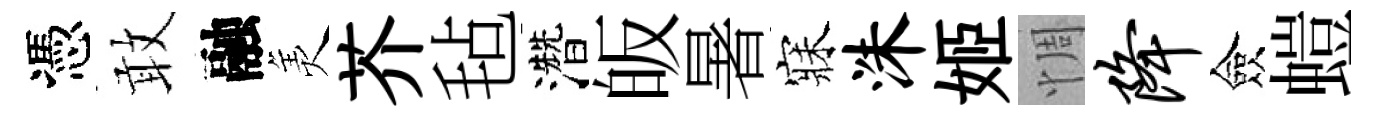
憑敢融羙芥毡濳皈暑寐洙姬惆降僉螘